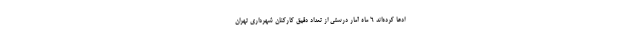
ادعا کرده‌اند ۶ ماه آمار درستی از تعداد دقیق کارکنان شهرداری تهران